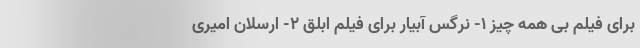
برای فیلم بی همه چیز 1- نرگس آبیار برای فیلم ابلق 2- ارسلان امیری